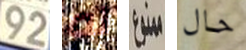
92 له ممنوع حال